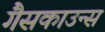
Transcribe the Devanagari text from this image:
गैसकाउन्स